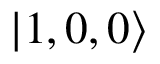
| 1 , 0 , 0 \rangle